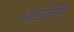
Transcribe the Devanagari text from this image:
आईज़ोंग